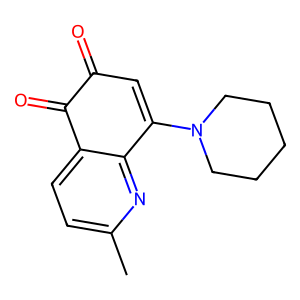
SMILES: Cc1ccc2c(n1)C(N1CCCCC1)=CC(=O)C2=O
Inhibits HIV replication: No